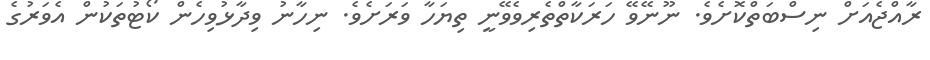
ރާއްޖެއަށް ނިސްބަތްކޮށެވެ. ނޫނޭވޭ ހަރަކާތްތެރިވެވޭނީ ތިޔަހާ ވަރަށެވެ. ނިހާނު ވިދާޅުވިހެން ކޯޓުތަކުން އެވަރުގެ